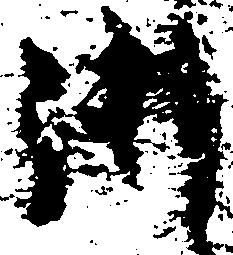
御